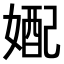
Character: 𫱓